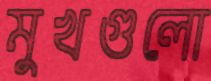
মুখগুলো